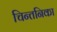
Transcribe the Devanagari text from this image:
चिन्तनिका